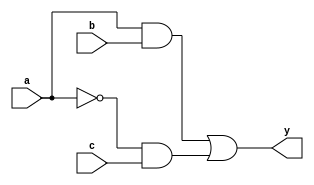
module combinational_logic (
    input wire a,
    input wire b,
    input wire c,
    output reg y
);

// Combinational logic using an always block with continuous assignment
always @(*) begin
    // Assign output y based on inputs a, b, and c
    y = (a & b) | (~a & c);
end

endmodule